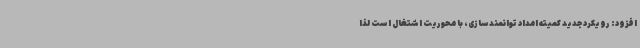
افزود: رویکرد جدید کمیته امداد توانمندسازی، با محوریت اشتغال است لذا